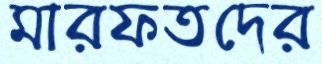
মারফতদের